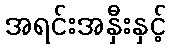
အရင်းအနှီးနှင့်